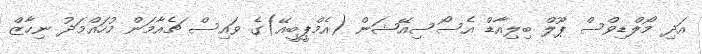
އަދި މޯލްޑިވްސް ޕޫލް ބިލިއާޑް އެސޯސިއޭޝަން (އެމްޕީބީއޭ)ގެ ވައިސް ޗެއާމަން މުހައްމަދު ނިހާޒް